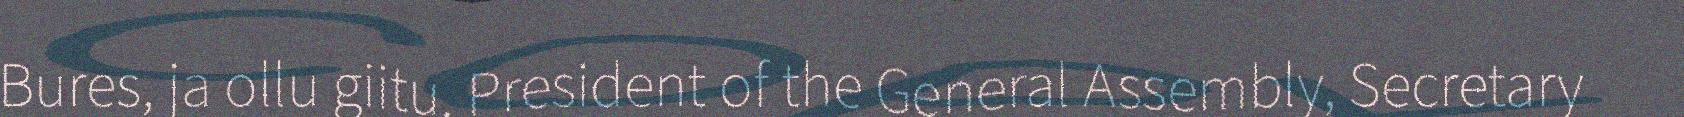
Bures, ja ollu giitu. President of the General Assembly, Secretary